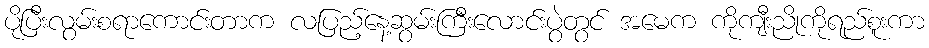
ပိုပြီးလွမ်းစရာကောင်းတာက လပြည့်နေ့ဆွမ်းကြီးလောင်းပွဲတွင် အမေက ကိုကျီးညိုကိုရည်စူးကာ